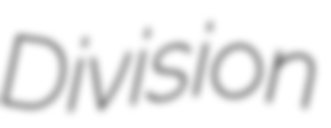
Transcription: Division